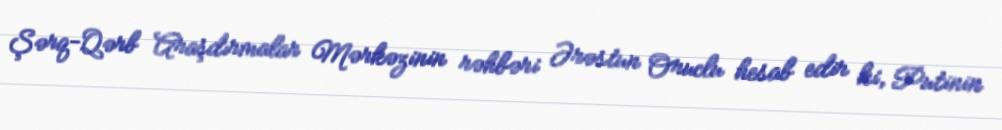
Şərq-Qərb Araşdırmalar Mərkəzinin rəhbəri Ərəstun Oruclu hesab edir ki, Putinin